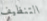
التنظيف